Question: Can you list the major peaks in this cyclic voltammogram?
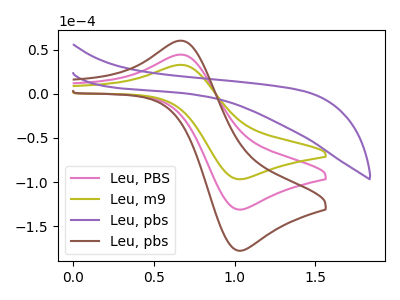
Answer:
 <answer>The pink curve "Leu, PBS" has an anodic peak at (0.70V, 44.15uA) and a cathodic peak at (1.05V, -131.10uA). The olive curve "Leu, m9" has an anodic peak at (0.70V, 32.60uA) and a cathodic peak at (1.05V, -96.75uA). The purple curve "Leu, pbs" has no peaks. The brown curve "Leu, pbs" has an anodic peak at (0.70V, 88.35uA) and a cathodic peak at (1.05V, -262.25uA).</answer>
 <eval></eval>